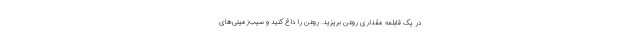
در یک قابلمه مقداری روغن بریزید. روغن را داغ کنید و سیب‌زمینی‌های